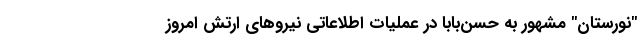
"نورستان" مشهور به حسن‌بابا در عملیات اطلاعاتی نیروهای ارتش امروز